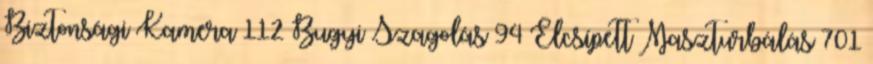
Biztonsági Kamera 112 Bugyi Szagolás 94 Elcsípett Maszturbálás 701